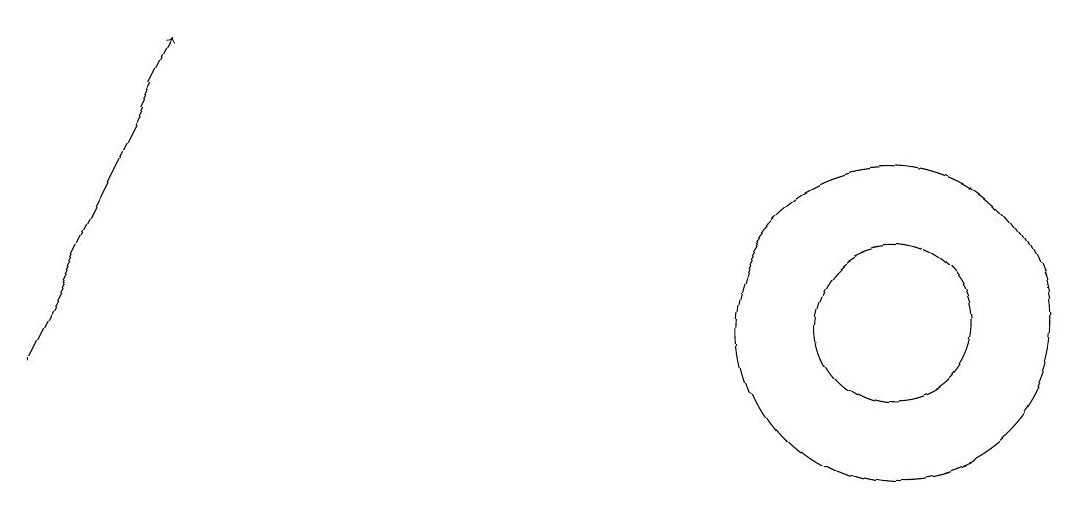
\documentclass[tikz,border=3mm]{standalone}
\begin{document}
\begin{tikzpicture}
\draw (11,11) circle (1);
\draw (11,11) circle (2);
\draw[->] (0,11) -- (2,15);
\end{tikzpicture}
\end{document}